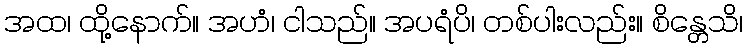
အထ၊ ထို့နောက်။ အဟံ၊ ငါသည်။ အပရံပိ၊ တစ်ပါးလည်း။ စိန္တေသိ၊